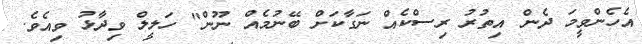
އެހެންވީމަ ދެން އިތުރު ރިސްކެއް ނަގާކަށް ބޭނުމެއް ނޫން" ހަލީލް ވިދާޅު ވިއެވެ.